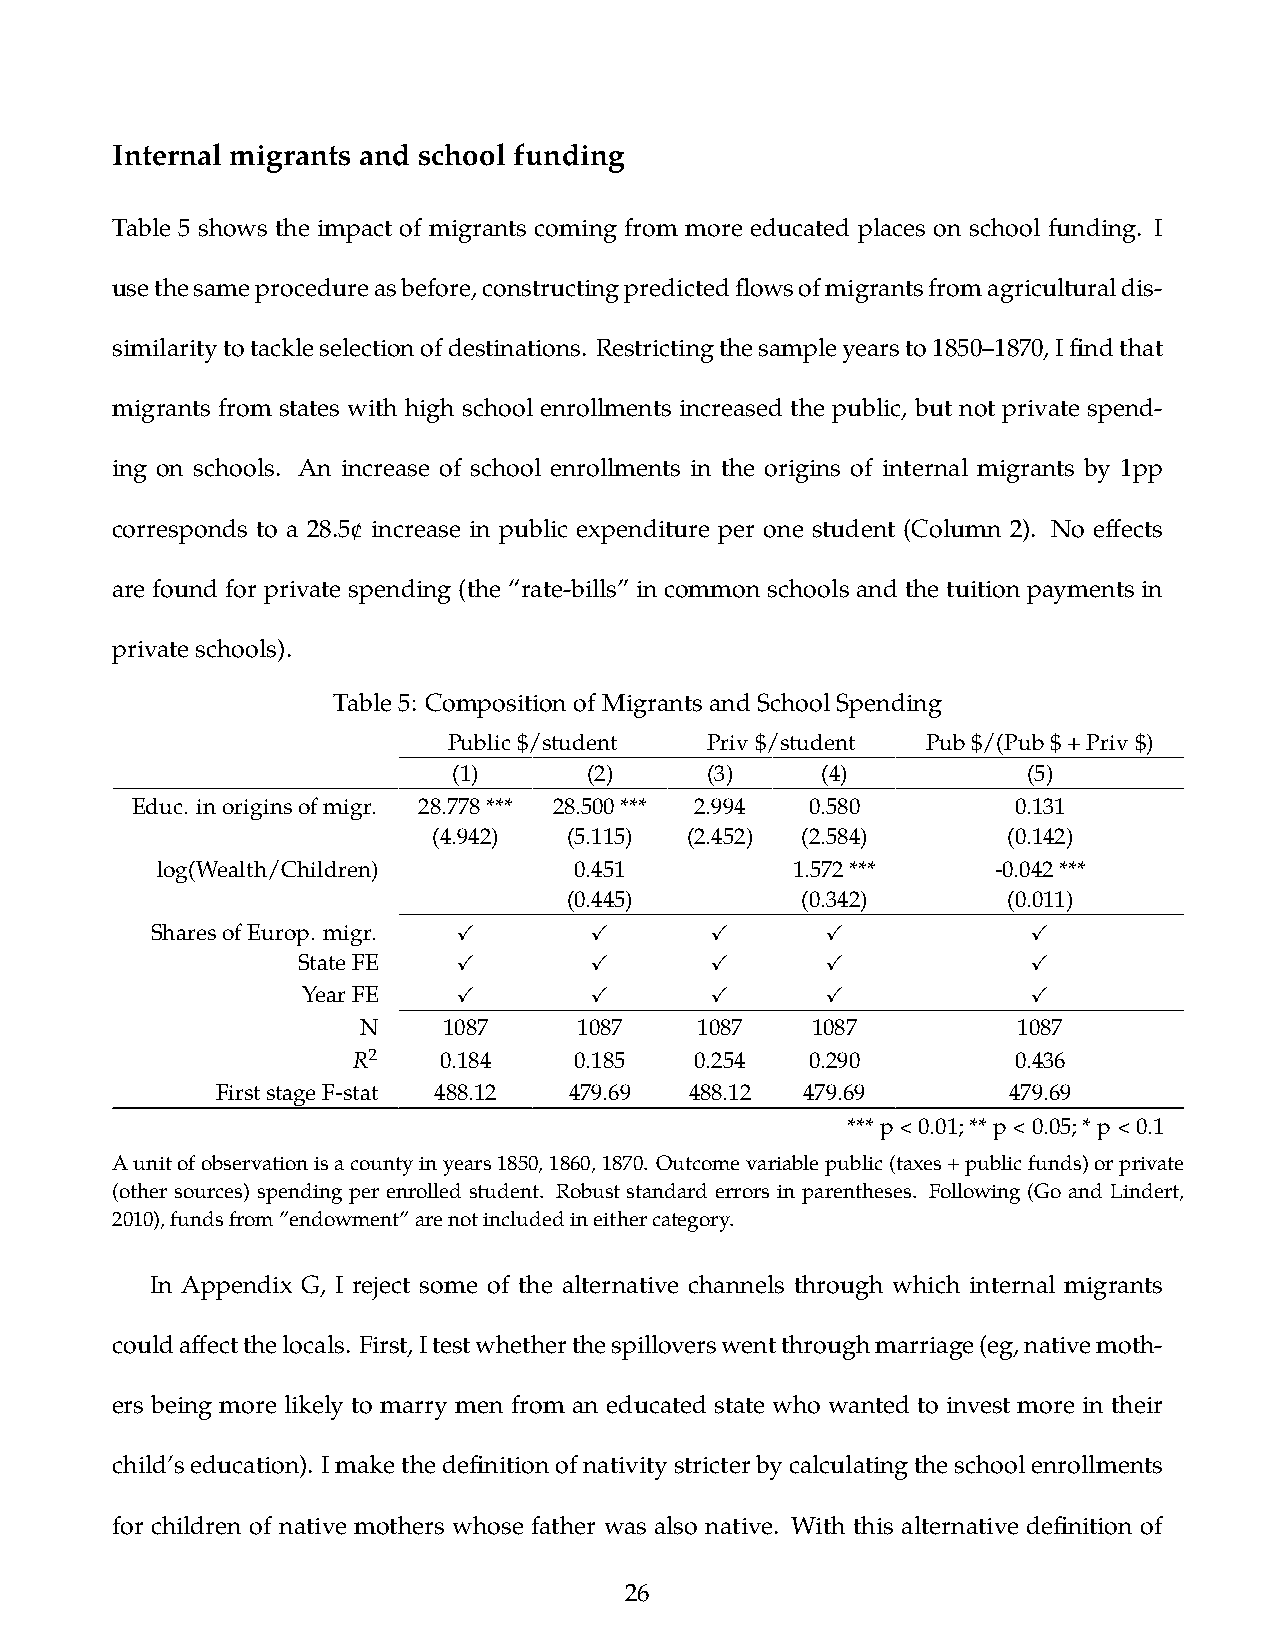
Internal migrants and school funding
 Table 5 shows the impact of migrants coming from more educated places on school funding. I
 usethesameprocedureasbefore,constructingpredictedflowsofmigrantsfromagriculturaldis-
 similaritytotackleselectionofdestinations. Restrictingthesampleyearsto1850–1870,Ifindthat
 migrants from states with high school enrollments increased the public, but not private spend-
 ing on schools. An increase of school enrollments in the origins of internal migrants by 1pp
 corresponds to a 28.5¢ increase in public expenditure per one student (Column 2). No effects
 are found for private spending (the “rate-bills” in common schools and the tuition payments in
 privateschools).
 Table5: CompositionofMigrantsandSchoolSpending
 Public$/student  Priv$/student Pub$/(Pub$+Priv$)
 (1)      (2)     (3)    (4)           (5)
 Educ. inoriginsofmigr. 28.778*** 28.500*** 2.994 0.580    0.131
 (4.942)  (5.115) (2.452) (2.584)      (0.142)
 log(Wealth/Children)        0.451         1.572***      -0.042***
 (0.445)        (0.342)       (0.011)
 SharesofEurop. migr. ✓       ✓       ✓       ✓            ✓
 StateFE   ✓        ✓       ✓       ✓            ✓
 YearFE    ✓        ✓       ✓       ✓            ✓
 N    1087     1087    1087    1087         1087
 𝑅2    0.184    0.185   0.254   0.290        0.436
 FirststageF-stat 488.12 479.69  488.12 479.69        479.69
 ***p<0.01;**p<0.05;*p<0.1
 Aunitofobservationisacountyinyears1850,1860,1870. Outcomevariablepublic(taxes+publicfunds)orprivate
 (other sources) spending per enrolled student. Robust standard errors in parentheses. Following (Go and Lindert,
 2010),fundsfrom”endowment”arenotincludedineithercategory.
 In Appendix G, I reject some of the alternative channels through which internal migrants
 couldaffectthelocals. First,Itestwhetherthespilloverswentthroughmarriage(eg,nativemoth-
 ers being more likely to marry men from an educated state who wanted to invest more in their
 child’seducation). Imakethedefinitionofnativitystricterbycalculatingtheschoolenrollments
 for children of native mothers whose father was also native. With this alternative definition of
 26